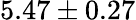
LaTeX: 5.47\pm 0.27